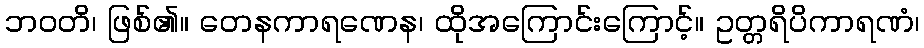
ဘဝတိ၊ ဖြစ်၏။ တေနကာရဏေန၊ ထိုအကြောင်းကြောင့်။ ဥတ္တရိပိကာရဏံ၊